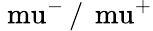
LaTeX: \mathrm{\ mu}^{-}\, /\, \mathrm{\ mu}^{+}